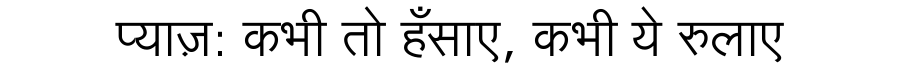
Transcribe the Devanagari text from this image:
प्याज़: कभी तो हँसाए, कभी ये रुलाए